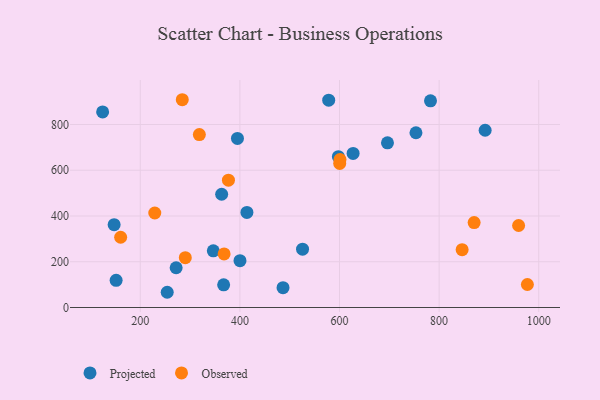
{"axis": {"x": "Price", "y": "Profit"}, "legend": ["Observed", "Projected"], "data": [{"x": "578.3", "y": 906.1, "type": "Projected"}, {"x": "753.5", "y": 763.9, "type": "Projected"}, {"x": "892.4", "y": 774.7, "type": "Projected"}, {"x": "525.8", "y": 254.8, "type": "Projected"}, {"x": "627.3", "y": 673.7, "type": "Projected"}, {"x": "782.7", "y": 903.6, "type": "Projected"}, {"x": "151.5", "y": 119.0, "type": "Projected"}, {"x": "400.2", "y": 204.9, "type": "Projected"}, {"x": "696.3", "y": 720.0, "type": "Projected"}, {"x": "147.5", "y": 362.0, "type": "Projected"}, {"x": "124.4", "y": 854.7, "type": "Projected"}, {"x": "363.4", "y": 495.1, "type": "Projected"}, {"x": "254.1", "y": 66.6, "type": "Projected"}, {"x": "597.7", "y": 659.2, "type": "Projected"}, {"x": "414.1", "y": 415.7, "type": "Projected"}, {"x": "272.0", "y": 173.7, "type": "Projected"}, {"x": "395.1", "y": 739.2, "type": "Projected"}, {"x": "486.6", "y": 86.5, "type": "Projected"}, {"x": "367.4", "y": 99.1, "type": "Projected"}, {"x": "346.6", "y": 247.8, "type": "Projected"}, {"x": "368.3", "y": 234.1, "type": "Observed"}, {"x": "600.4", "y": 629.8, "type": "Observed"}, {"x": "229.1", "y": 413.2, "type": "Observed"}, {"x": "601.0", "y": 646.4, "type": "Observed"}, {"x": "160.6", "y": 307.2, "type": "Observed"}, {"x": "870.3", "y": 371.2, "type": "Observed"}, {"x": "977.2", "y": 100.5, "type": "Observed"}, {"x": "284.3", "y": 908.2, "type": "Observed"}, {"x": "290.4", "y": 217.8, "type": "Observed"}, {"x": "318.6", "y": 755.9, "type": "Observed"}, {"x": "959.6", "y": 358.5, "type": "Observed"}, {"x": "846.2", "y": 252.9, "type": "Observed"}, {"x": "377.0", "y": 556.6, "type": "Observed"}]}